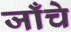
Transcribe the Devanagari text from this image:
जाँचे